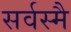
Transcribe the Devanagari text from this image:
सर्वस्मै